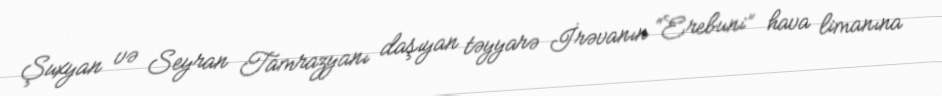
Şuxyan və Seyran Tamrazyanı daşıyan təyyarə İrəvanın “Erebuni” hava limanına